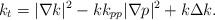
LaTeX: \begin{align*}\begin{aligned}k_t = |\nabla k|^2 - kk_{pp}|\nabla p|^2 + k\Delta k.\end{aligned}\end{align*}